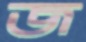
জ